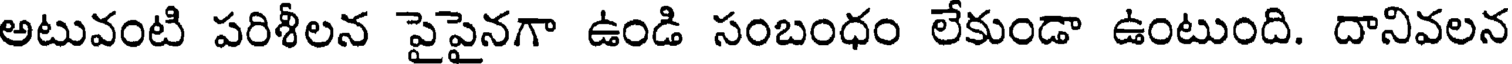
అటువంటి పరిశీలన పైపైనగా ఉండి సంబంధం లేకుండా ఉంటుంది. దానివలన